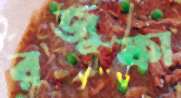
রজুফা